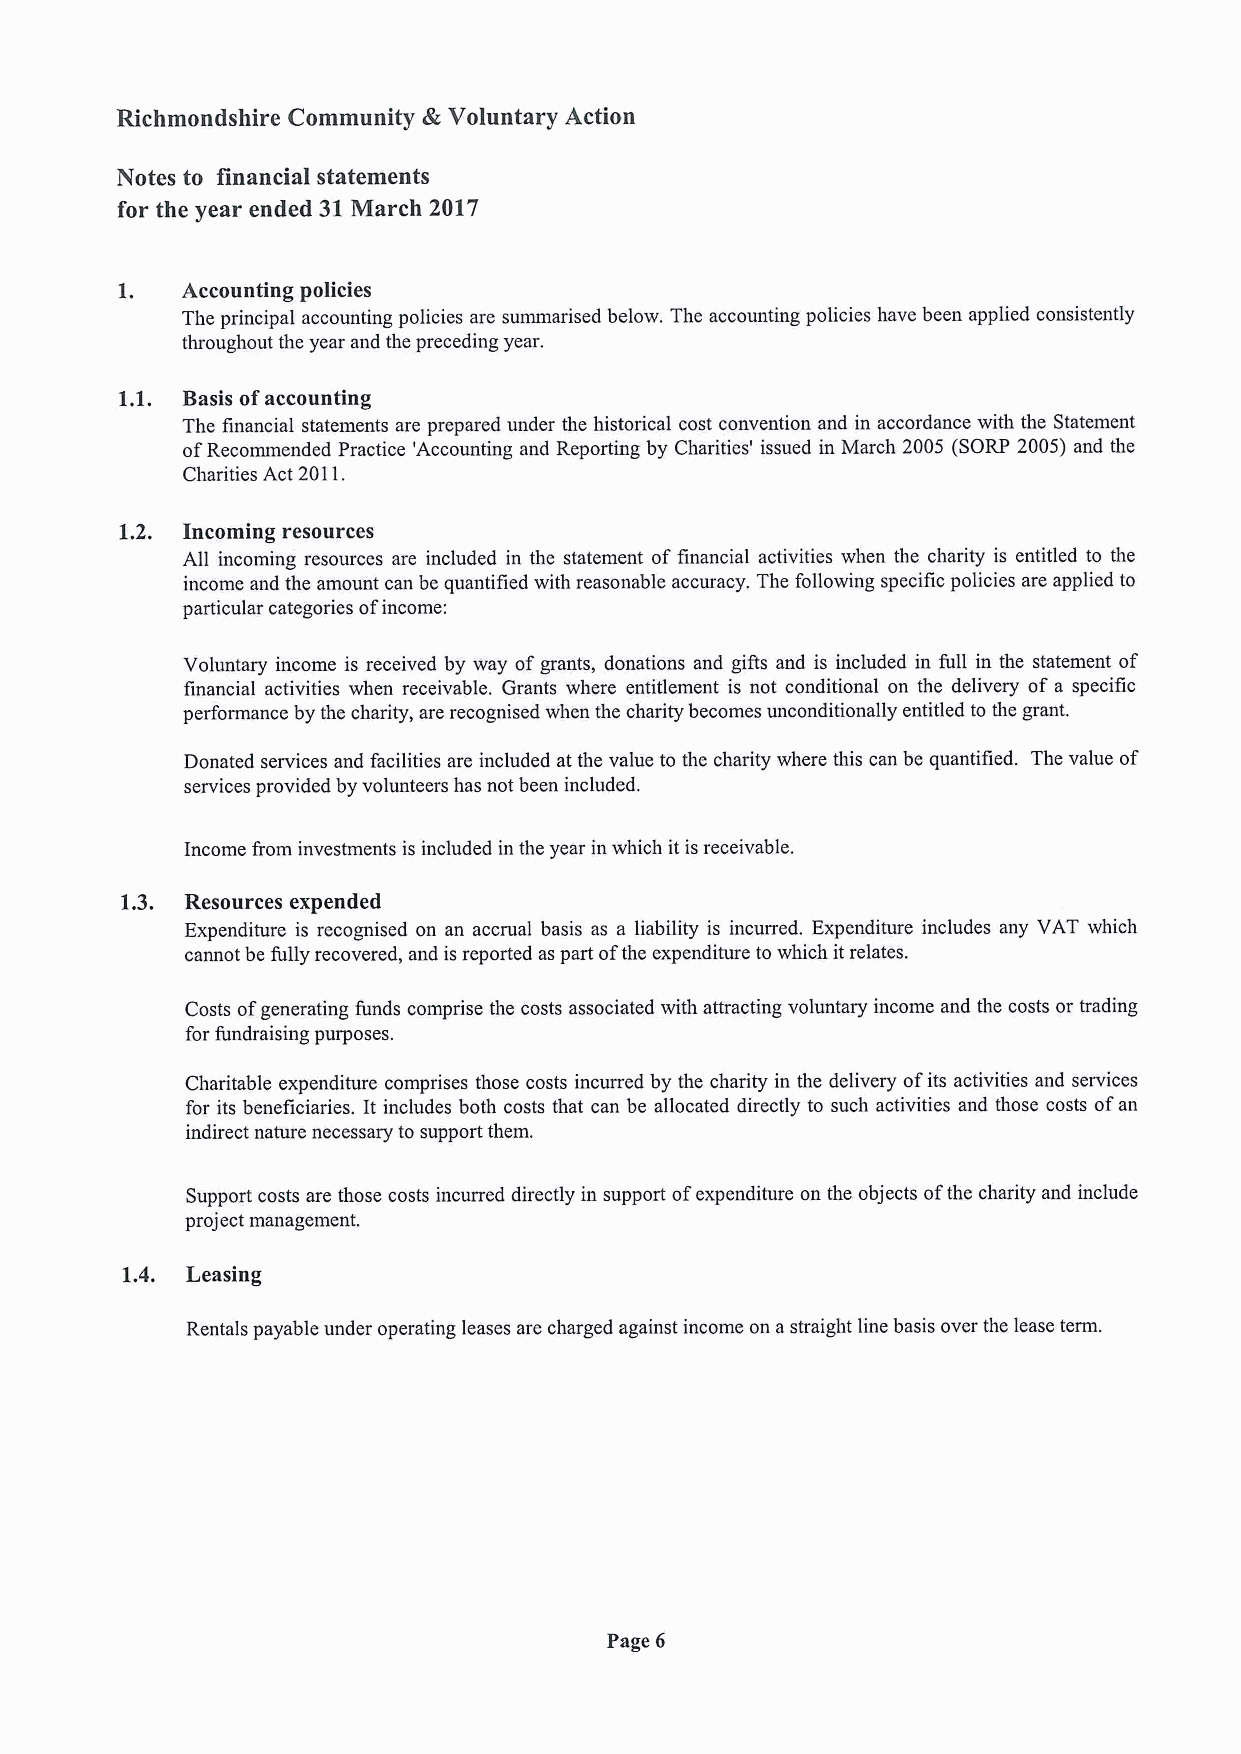
Richmondshire Community 4,Voluntary Action
 Notes to financial statements
 for the year ended 31March 2017
 1.  Accounting policies
 The principal accounting policies are summarised below. The accounting policies have been applied consistently
 throughout the year and the preceding year.
 1.1. Basis ofaccounting
 The financial statements are prepared under the historical cost convention and in accordance with the Statement
 ofRecommended Practice 'Accounting and Reporting by Charities' issued in March 2005 (SORP 2005) and the
 Charities Act 2011.
 1.2. Incoming resources
 All incoming resources are included in the statement of financial activities when the charity is entitled to the
 income and the amount can be quantified with reasonable accuracy. The following specific policies are applied to
 particular categories ofincome:
 Voluntary income is received by way ofgrants, donations and gifts and is included in full in the statement of
 financial activities when receivable. Grants where entitlement is not conditional on the delivery of a specific
 performance by the charity, are recognised when the charity becomes unconditionally entitled to the grant.
 Donated services and facilities are included at the value to the charity where this can be quantified. The value of
 services provided by volunteers has not been included.
 Income from investments is included in the year in which it is receivable.
 1.3. Resources expended
 Expenditure is recognised on an accrual basis as a liability is incurred. Expenditure includes any VAT which
 cannot be fully recovered, and is reported as part ofthe expenditure to which it relates.
 Costs ofgenerating funds comprise the costs associated with attracting voluntary income and the costs or trading
 for fundraising purposes.
 Charitable expenditure comprises those costs incurred by the charity in the delivery ofits activities and services
 for its beneficiaries, It includes both costs that can be allocated directly to such activities and those costs ofan
 indirect nature necessary to support them,
 Support costs are those costs incurred directly in support ofexpenditure on the objects ofthe charity and include
 project management.
 1.4. Leasing
 Rentals payable under operating leases are charged against income on astraight line basis over the lease term.
 Page 6